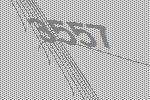
3557